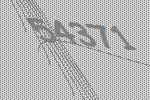
54371